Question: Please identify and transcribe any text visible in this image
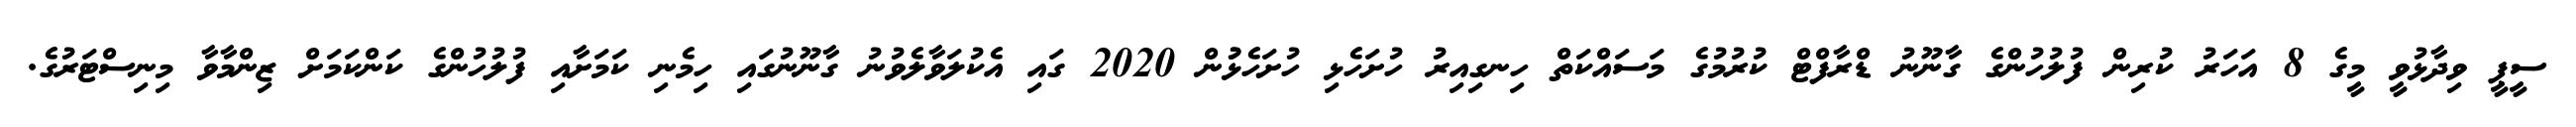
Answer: ސީޕީ ވިދާޅުވީ މީގެ 8 އަހަރު ކުރިން ފުލުހުންގެ ގާނޫނު ޑްރާފްޓް ކުރުމުގެ މަސައްކަތް ހިނގިއިރު ހުށަހެޅި ހުށަހެޅުުން 2020 ގައި އެކުލަވާލެވުނު ގާނޫނުގައި ހިމެނި ކަމަށާއި ފުލުހުންގެ ކަންކަމަށް ޒިންމާވާ މިނިސްޓަރުގެ.